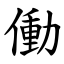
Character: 働